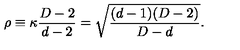
\rho \equiv \kappa { \frac { D - 2 } { d - 2 } } = \sqrt { \frac { ( d - 1 ) ( D - 2 ) } { D - d } } .